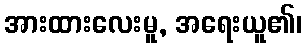
အားထားလေးမူ, အရေးယူ၏၊